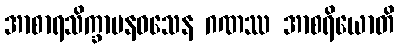
အာစာရသိက္ခာပနဝသေန ဂဏဿ အာစရိယောတိ